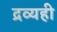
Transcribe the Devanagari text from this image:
द्रव्यही